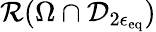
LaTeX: \mathcal{R}(\Omega\cap\mathcal{D}_{2\epsilon_{\mathrm{eq}}})